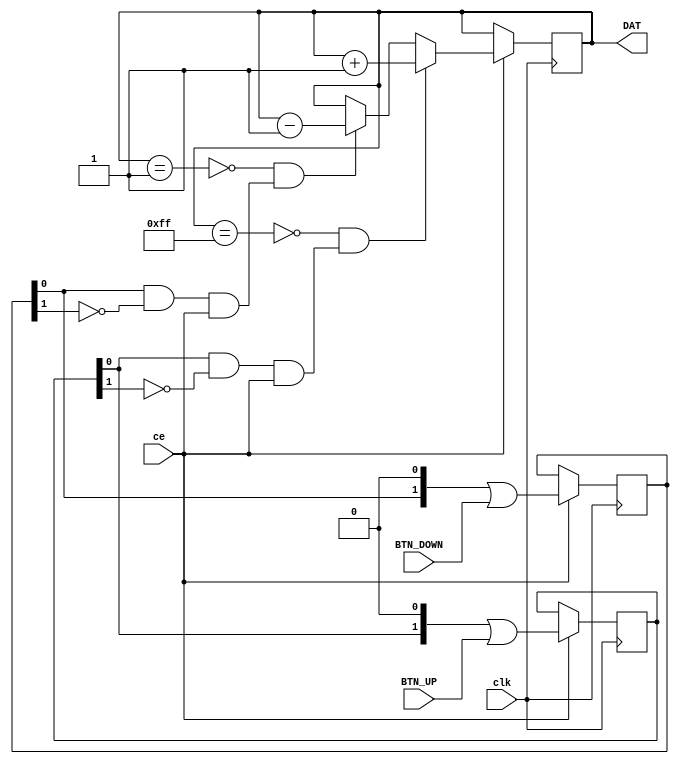
module BTN_REG_DAT(
input BTN_UP, output reg [7:0] DAT=8'h80, //
input BTN_DOWN,
input clk,
input ce); //ce1ms  ct10ms
reg [1:0]Q_UP ; //
reg [1:0]Q_DOWN ; //
wire st_UP= Q_UP[0] & !Q_UP[1] & ce ; //   (  2)
wire st_DOWN= Q_DOWN[0] & !Q_DOWN[1] & ce ; //   (  2)
wire Mmax=(DAT==8'hFF); //  M=128
wire Mmin=(DAT==8'h01); //  M=1
always @ (posedge clk) if (ce) begin
Q_UP <= Q_UP<<1 | BTN_UP ; // BTN_UP
Q_DOWN <= Q_DOWN<<1 | BTN_DOWN ; // BTN_DOWN
DAT <= (!Mmax & st_UP)? DAT+1 : (!Mmin & st_DOWN)? DAT-1 : DAT ;
end
endmodule